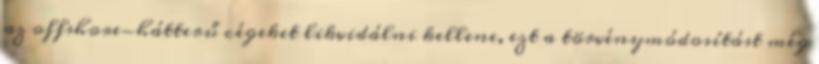
az offshore-hátterű cégeket likvidálni kellene, ezt a törvénymódosítást még